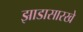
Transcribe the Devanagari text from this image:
झाडासारखे